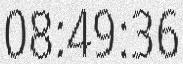
08:49:36